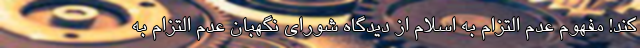
کند! مفهوم عدم التزام به اسلام از دیدگاه شورای نگهبان عدم التزام به